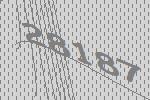
28187